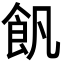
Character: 𩚑